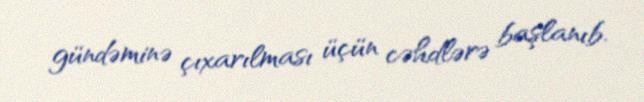
gündəminə çıxarılması üçün cəhdlərə başlanıb.